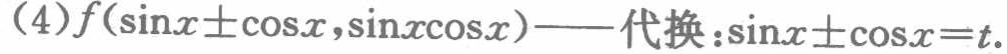
(4)\(f(\sin x\pm\cos x,\sin x\cos x)\)——代换：\(\sin x\pm\cos x = t\).